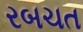
રબચત